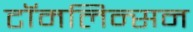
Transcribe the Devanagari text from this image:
टॉमलिन्सन